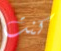
كنت